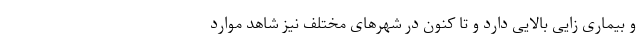
و بیماری زایی بالایی دارد و تا کنون در شهر‌های مختلف نیز شاهد موارد